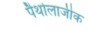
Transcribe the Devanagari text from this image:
पैथोलाजीक